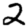
Digit: 2